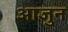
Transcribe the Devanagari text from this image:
आजुन